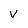
Character: V